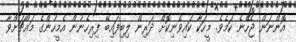
އޮންނަން ޖެހޭނެ ކަމެވެ. މީހަކާ ކައިވެނިކޮށް ދަރިން ލިބިފައިިބޭ ފިރިހެނުން އެމީހުންގެ މައްޗަށްވާ